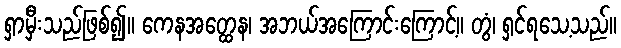
ရှာမှီးသည်ဖြစ်၍။ ကေနအတ္ထေန၊ အဘယ်အကြောင်းကြောင့်။ တွံ၊ ရှင်ရသေ့သည်။